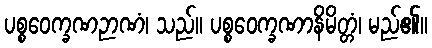
ပစ္စဝေက္ခဏဉာဏံ၊ သည်။ ပစ္စဝေက္ခဏာနိမိတ္တံ၊ မည်၏။